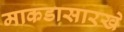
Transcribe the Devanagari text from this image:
माकडासारखे